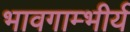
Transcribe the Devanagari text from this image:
भावगाम्भीर्य